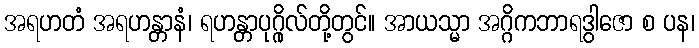
အရဟတံ အရဟန္တာနံ၊ ရဟန္တာပုဂ္ဂိုလ်တို့တွင်။ အာယသ္မာ အဂ္ဂိကဘာရဒွါဇော စ ပန၊